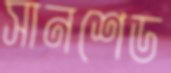
সানশেড